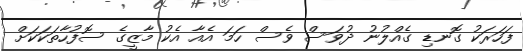
ފަހަރަކު ގޮނޑި ގެއްލުނު ދުވަސް ވެސް ހަމަ އެއާ އެކު މާޒީގެ ސޮފުހާތަކަކަށް